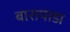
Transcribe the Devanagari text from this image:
बारापाडा